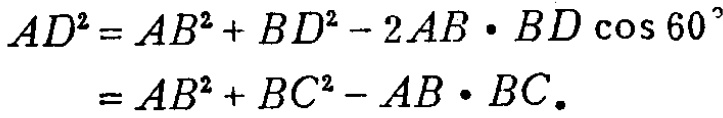
\[
\begin{align*}
AD^{2}&=AB^{2}+BD^{2}-2AB\cdot BD\cos60^{\circ}\\
&=AB^{2}+BC^{2}-AB\cdot BC.
\end{align*}
\]